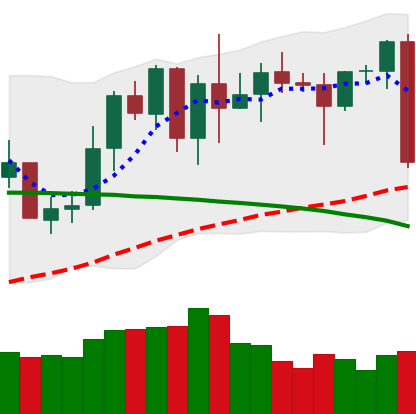
Ticker: XMR-USD
Chart end date: 2020-06-11
Forward return: 3.169%
Label: up_3_5